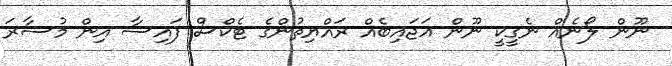
ނޫން ލޯނެއް ނެގީކީ ނޫން އަޖައިބެއް ރައްޔިތުންގެ ޓެކްސް ފައިސާ އިން މުސާރަ